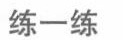
练一练